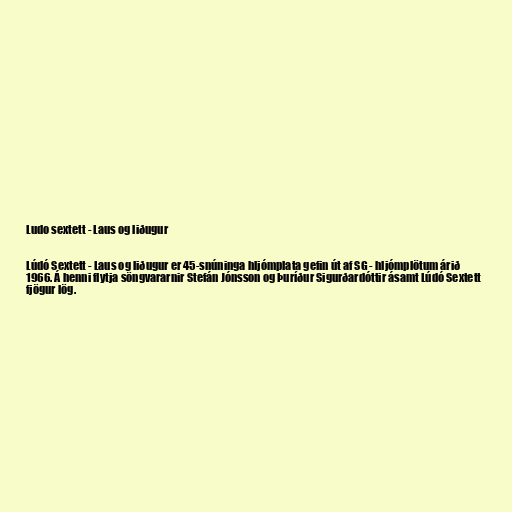
Ludo sextett - Laus og liðugur

Lúdó Sextett - Laus og liðugur er 45-snúninga hljómplata gefin út af SG - hljómplötum árið
1966. Á henni flytja söngvararnir Stefán Jónsson og Þuríður Sigurðardóttir ásamt Lúdó Sextett
fjögur lög.